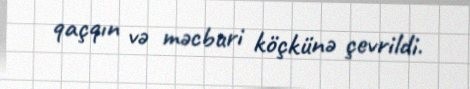
qaçqın və məcburi köçkünə çevrildi.